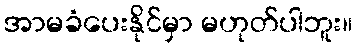
အာမခံပေးနိုင်မှာ မဟုတ်ပါဘူး။